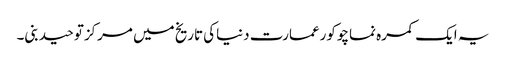
یہ ایک کمرہ نماچوکورعمارت دنیاکی تاریخ میں مرکزتوحیدبنی۔